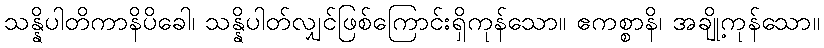
သန္နိပါတိကာနိပိခေါ၊ သန္နိပါတ်လျှင်ဖြစ်ကြောင်းရှိကုန်သော။ ဧကစ္စာနိ၊ အချို့ကုန်သော။